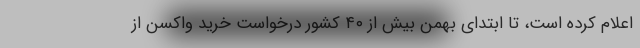
اعلام کرده است، تا ابتدای بهمن بیش از ۴۰ کشور درخواست خرید واکسن از